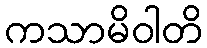
ကသာမိဝါတိ